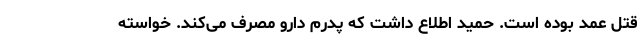
قتل عمد بوده است. حمید اطلاع داشت که پدرم دارو مصرف می‌کند. خواسته